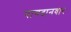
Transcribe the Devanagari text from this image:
पायदानवार